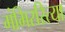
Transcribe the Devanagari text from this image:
गंभिररित्या